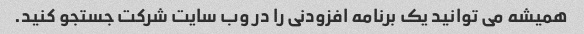
همیشه می توانید یک برنامه افزودنی را در وب سایت شرکت جستجو کنید.